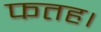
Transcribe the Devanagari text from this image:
फतह।